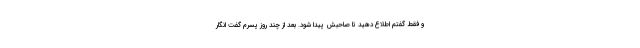
و فقط گفتم اطلاع دهید تا صاحبش پیدا شود. بعد از چند روز پسرم گفت انگار